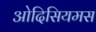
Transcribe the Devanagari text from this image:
ओदिसियमस